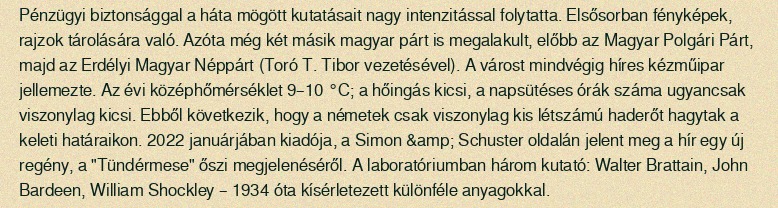
Pénzügyi biztonsággal a háta mögött kutatásait nagy intenzitással folytatta. Elsősorban fényképek, rajzok tárolására való. Azóta még két másik magyar párt is megalakult, előbb az Magyar Polgári Párt, majd az Erdélyi Magyar Néppárt (Toró T. Tibor vezetésével). A várost mindvégig híres kézműipar jellemezte. Az évi középhőmérséklet 9–10 °C; a hőingás kicsi, a napsütéses órák száma ugyancsak viszonylag kicsi. Ebből következik, hogy a németek csak viszonylag kis létszámú haderőt hagytak a keleti határaikon. 2022 januárjában kiadója, a Simon &amp; Schuster oldalán jelent meg a hír egy új regény, a "Tündérmese" őszi megjelenéséről. A laboratóriumban három kutató: Walter Brattain, John Bardeen, William Shockley – 1934 óta kísérletezett különféle anyagokkal.